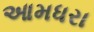
આમધરા